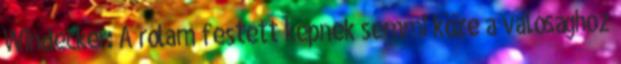
Windecker: A rólam festett képnek semmi köze a valósághoz